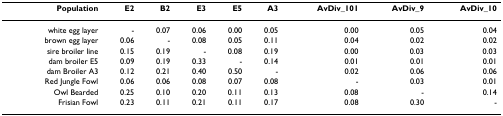
<table><thead><tr><td><b>Population</b></td><td><b>E2</b></td><td><b>B2</b></td><td><b>E3</b></td><td><b>E5</b></td><td><b>A3</b></td><td><b>AvDiv_101</b></td><td><b>AvDiv_9</b></td><td><b>AvDiv_10</b></td></tr></thead><tbody><tr><td>white egg layer</td><td>-</td><td>0.07</td><td>0.06</td><td>0.00</td><td>0.05</td><td>0.00</td><td>0.05</td><td>0.04</td></tr><tr><td>brown egg layer</td><td>0.06</td><td>-</td><td>0.08</td><td>0.05</td><td>0.11</td><td>0.04</td><td>0.02</td><td>0.02</td></tr><tr><td>sire broiler line</td><td>0.15</td><td>0.19</td><td>-</td><td>0.08</td><td>0.19</td><td>0.00</td><td>0.03</td><td>0.03</td></tr><tr><td>dam broiler E5</td><td>0.09</td><td>0.19</td><td>0.33</td><td>-</td><td>0.14</td><td>0.01</td><td>0.01</td><td>0.01</td></tr><tr><td>dam Broiler A3</td><td>0.12</td><td>0.21</td><td>0.40</td><td>0.50</td><td>-</td><td>0.02</td><td>0.06</td><td>0.06</td></tr><tr><td>Red Jungle Fowl</td><td>0.06</td><td>0.06</td><td>0.08</td><td>0.07</td><td>0.08</td><td>-</td><td>0.03</td><td>0.01</td></tr><tr><td>Owl Bearded</td><td>0.25</td><td>0.10</td><td>0.20</td><td>0.11</td><td>0.13</td><td>0.08</td><td>-</td><td>0.14</td></tr><tr><td>Frisian Fowl</td><td>0.23</td><td>0.11</td><td>0.21</td><td>0.11</td><td>0.17</td><td>0.08</td><td>0.30</td><td>-</td></tr></tbody></table>